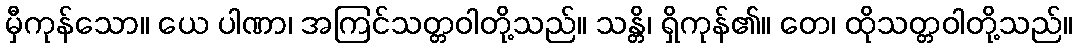
မှီကုန်သော။ ယေ ပါဏာ၊ အကြင်သတ္တဝါတို့သည်။ သန္တိ၊ ရှိကုန်၏။ တေ၊ ထိုသတ္တဝါတို့သည်။